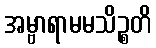
အမ္ဗာရာမမသိဉ္စတိ